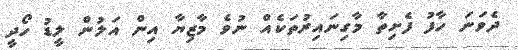
ދެވަނަ ހާފު ފެށިތާ މާގިނައިރުތަކެއް ނުވެ މާޒިޔާ އިން އަލުން ލީޑު ހޯދީ